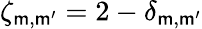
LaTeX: \zeta_{\mathsf{m},\mathsf{m}^{\prime}}=2-\delta_{\mathsf{m},\mathsf{m}^{\prime}}